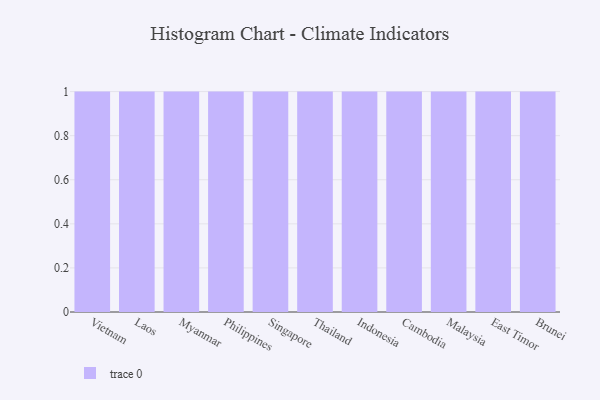
{"axis": {"x": "Country", "y": "Budget (USD K)"}, "legend": [""], "data": [{"x": "Vietnam", "y": 49, "type": ""}, {"x": "Laos", "y": 64, "type": ""}, {"x": "Myanmar", "y": 89, "type": ""}, {"x": "Philippines", "y": 22, "type": ""}, {"x": "Singapore", "y": 48, "type": ""}, {"x": "Thailand", "y": 43, "type": ""}, {"x": "Indonesia", "y": 91, "type": ""}, {"x": "Cambodia", "y": 78, "type": ""}, {"x": "Malaysia", "y": 74, "type": ""}, {"x": "East Timor", "y": 91, "type": ""}, {"x": "Brunei", "y": 71, "type": ""}]}